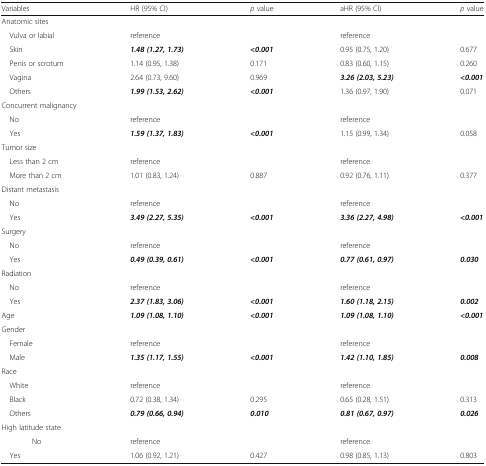
<table><thead><tr><td><b>Variables</b></td><td><b>HR (95% CI)</b></td><td><b><i>p</i> value</b></td><td><b>aHR (95% CI)</b></td><td><b><i>p</i> value</b></td></tr></thead><tbody><tr><td colspan="5">Anatomic sites</td></tr><tr><td> Vulva or labial</td><td>reference</td><td></td><td>reference</td><td></td></tr><tr><td> Skin</td><td><b><i>1.48 (1.27, 1.73)</i></b></td><td><b><i>&lt;0.001</i></b></td><td>0.95 (0.75, 1.20)</td><td>0.677</td></tr><tr><td> Penis or scrotum</td><td>1.14 (0.95, 1.38)</td><td>0.171</td><td>0.83 (0.60, 1.15)</td><td>0.260</td></tr><tr><td> Vagina</td><td>2.64 (0.73, 9.60)</td><td>0.969</td><td><b><i>3.26 (2.03, 5.23)</i></b></td><td><b><i>&lt;0.001</i></b></td></tr><tr><td> Others</td><td><b><i>1.99 (1.53, 2.62)</i></b></td><td><b><i>&lt;0.001</i></b></td><td>1.36 (0.97, 1.90)</td><td>0.071</td></tr><tr><td colspan="5">Concurrent malignancy</td></tr><tr><td> No</td><td>reference</td><td></td><td>reference</td><td></td></tr><tr><td> Yes</td><td><b><i>1.59 (1.37, 1.83)</i></b></td><td><b><i>&lt;0.001</i></b></td><td>1.15 (0.99, 1.34)</td><td>0.058</td></tr><tr><td colspan="5">Tumor size</td></tr><tr><td> Less than 2 cm</td><td>reference</td><td></td><td>reference</td><td></td></tr><tr><td> More than 2 cm</td><td>1.01 (0.83, 1.24)</td><td>0.887</td><td>0.92 (0.76, 1.11)</td><td>0.377</td></tr><tr><td colspan="5">Distant metastasis</td></tr><tr><td> No</td><td>reference</td><td></td><td>reference</td><td></td></tr><tr><td> Yes</td><td><b><i>3.49 (2.27, 5.35)</i></b></td><td><b><i>&lt;0.001</i></b></td><td><b><i>3.36 (2.27, 4.98)</i></b></td><td><b><i>&lt;0.001</i></b></td></tr><tr><td colspan="5">Surgery</td></tr><tr><td> No</td><td>reference</td><td></td><td>reference</td><td></td></tr><tr><td> Yes</td><td><b><i>0.49 (0.39, 0.61)</i></b></td><td><b><i>&lt;0.001</i></b></td><td><b><i>0.77 (0.61, 0.97)</i></b></td><td><b><i>0.030</i></b></td></tr><tr><td colspan="5">Radiation</td></tr><tr><td> No</td><td>reference</td><td></td><td>reference</td><td></td></tr><tr><td> Yes</td><td><b><i>2.37 (1.83, 3.06)</i></b></td><td><b><i>&lt;0.001</i></b></td><td><b><i>1.60 (1.18, 2.15)</i></b></td><td><b><i>0.002</i></b></td></tr><tr><td>Age</td><td><b><i>1.09 (1.08, 1.10)</i></b></td><td><b><i>&lt;0.001</i></b></td><td><b><i>1.09 (1.08, 1.10)</i></b></td><td><b><i>&lt;0.001</i></b></td></tr><tr><td colspan="5">Gender</td></tr><tr><td> Female</td><td>reference</td><td></td><td>reference</td><td></td></tr><tr><td> Male</td><td><b><i>1.35 (1.17, 1.55)</i></b></td><td><b><i>&lt;0.001</i></b></td><td><b><i>1.42 (1.10, 1.85)</i></b></td><td><b><i>0.008</i></b></td></tr><tr><td colspan="5">Race</td></tr><tr><td> White</td><td>reference</td><td></td><td>reference</td><td></td></tr><tr><td> Black</td><td>0.72 (0.38, 1.34)</td><td>0.295</td><td>0.65 (0.28, 1.51)</td><td>0.313</td></tr><tr><td> Others</td><td><b><i>0.79 (0.66, 0.94)</i></b></td><td><b><i>0.010</i></b></td><td><b><i>0.81 (0.67, 0.97)</i></b></td><td><b><i>0.026</i></b></td></tr><tr><td colspan="5">High latitude state</td></tr><tr><td> No</td><td>reference</td><td></td><td>reference</td><td></td></tr><tr><td> Yes</td><td>1.06 (0.92, 1.21)</td><td>0.427</td><td>0.98 (0.85, 1.13)</td><td>0.803</td></tr></tbody></table>